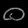
Digit: ၀